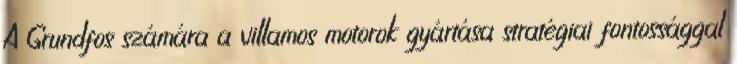
A Grundfos számára a villamos motorok gyártása stratégiai fontossággal